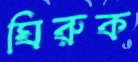
ঘিরুক